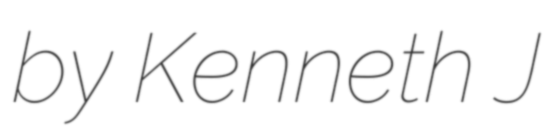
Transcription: by Kenneth J